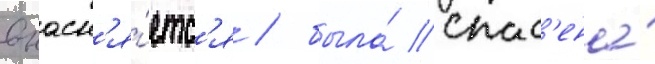
выасн'я́етс'я / была́ спас'ена́